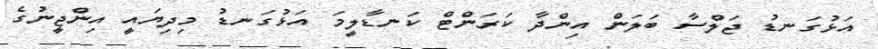
އަޅުގަނޑު ޖަލްސާ ބަލަން އިންދާ ކަރަންޓް ކަނޑާލީމަ އަޅުގަނޑު މިދިޔައީ އިންޖީނުގެ